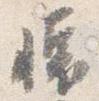
懐